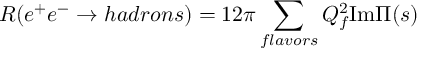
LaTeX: R ( e ^ { + } e ^ { - } \rightarrow h a d r o n s ) = 1 2 \pi \sum _ { f l a v o r s } Q _ { f } ^ { 2 } \mathrm { I m } \Pi ( s )